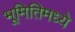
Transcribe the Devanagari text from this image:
भूमितिमध्ये